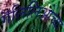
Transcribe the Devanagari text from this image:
गॅलिलिओच्या